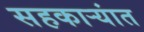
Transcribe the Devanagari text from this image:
सहकार्‍यांत